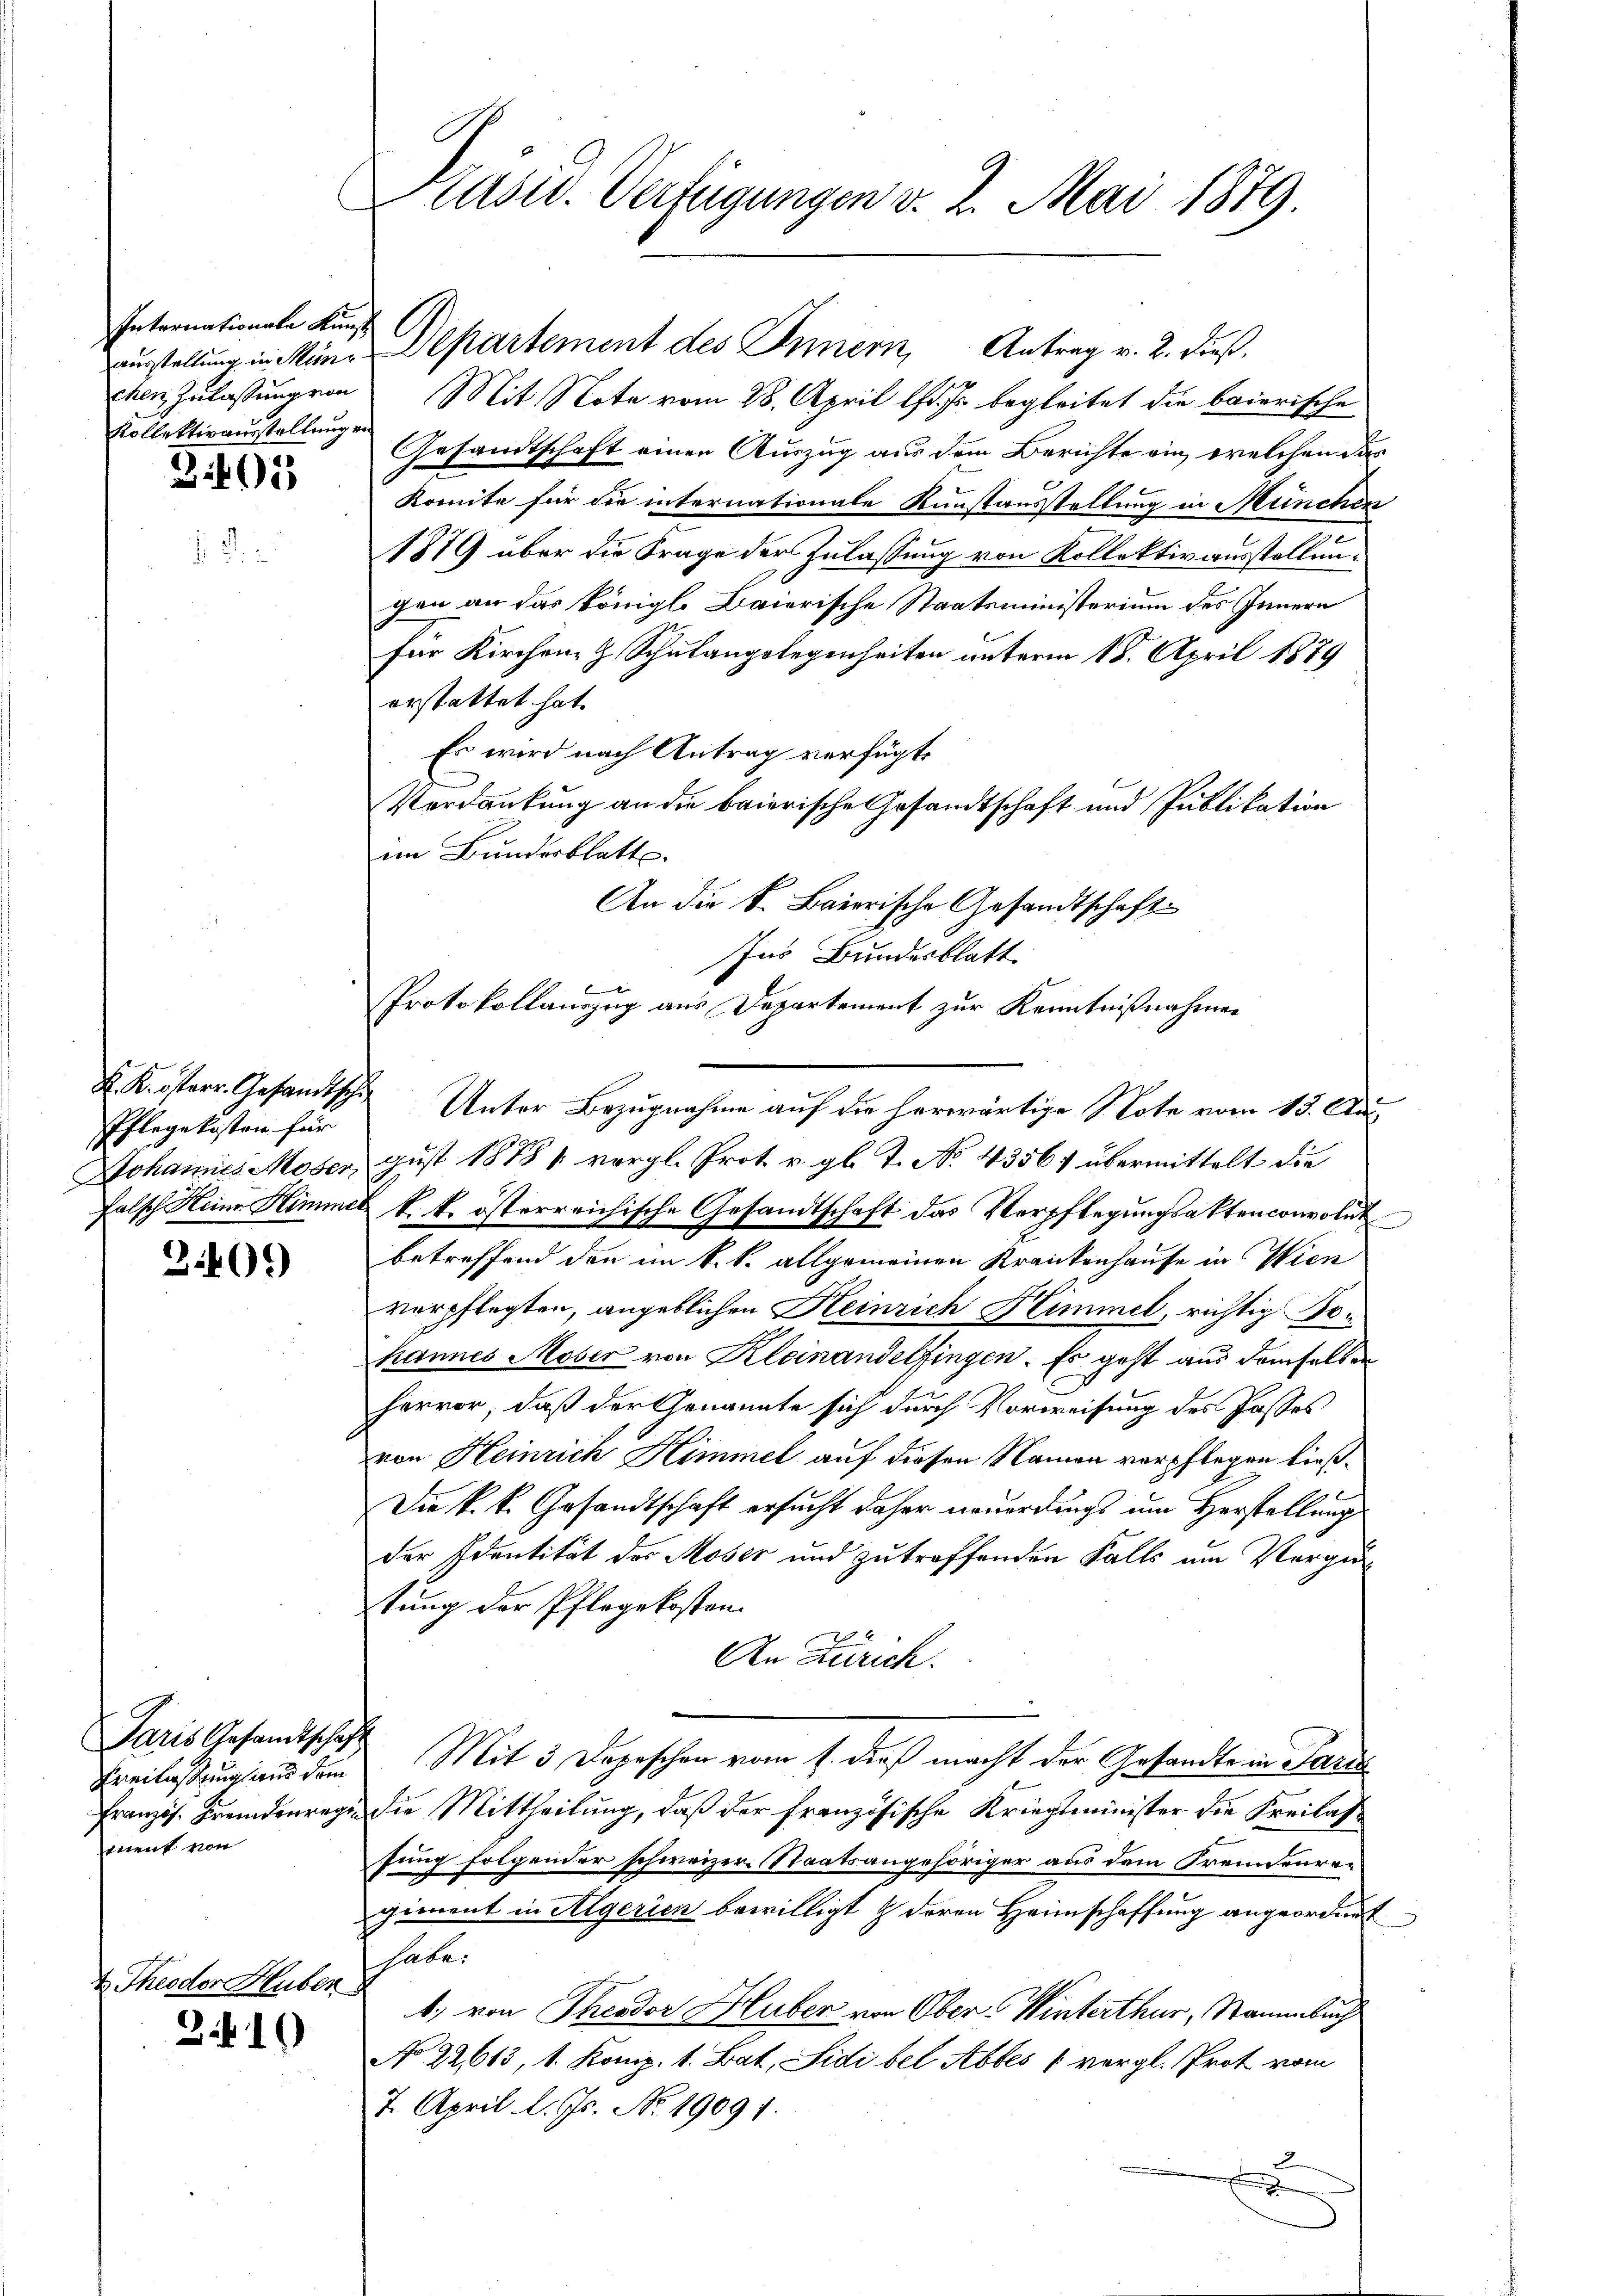
Internationale Kunst
Kollektirausstellung en

3:403

Pflegekosten für

3.401)

Paris Gesandtschaft
ement von

2 Theodor Huber

3.410

Präsid. Verfügungen v. 2. Mai 1879.

chen Zulassung von Mit Note vom 28. April l. Js. begleitet die baierische
Gesandtschaft einen Auszug aus dem Berichte ein, welchen das
Komite für die internationale Kunstausstellung in München
1879 über die Frage der Zulassung von Kollektiv ausstellungen an das Königl. Baierische Staatsministerium des Innern
für Kirchen H. Schulangelegenheiten unterm 18. April 1879
erstattet hat.
Es wird nach Antrag verfügt
Verdankung an die baierische Gesandtschaft und Publikation
im Bundesblatt
An die S. Baierische Gesandtschaft
Ins Bundesblatt
Protokollauszug aus Departement zur Kenntnißnahmen
K. österr. Gesandtsch Unter Bezugnahme auf die herwärtige S. Tote vom 13. Au
Johannes Moser, Gust 1871 vergl. Prot. v. gl. T. No. 4356) übermittelt die
falsch Heine Himmer k. k. österreichische Gesandtschaft das Verpflegŭngsaktenconvolut
betreffend den im k. k. allgemeinen Krankenhause in Wien
verpflegten, angeblichen Keinrich Himmel, richtig Behannes Moser von Kleinandelfingen. Es geht aus demselben
hervor, daß der Genannte sich durch Vorweisung des Passes
von Heinrich Himmel auf diesen Namen verpflegen ließ.
Die k. k. Gesandtschaft ersucht daher neuerdings um Herstellung
der Identität des Moser und zu treffenden Falls um Vergüstung der Pflegekosten.
An Zürich.
Freilassung aus dem Mit 3 Depeschen vom 1. dieß macht der Gesandte in Pari
Französ. Fremdenrege die Mittheilung, daß der französische Kriegsminister die Freilassung folgender schweizer Staatsangehöriger aus dem Trennenregiment in Algerien bewilligt & deren Heimschaffung angeordnet
habe.
b) von Theodor Huber von Ober-Winterthur, Stammbuch
No 22613, 1. Komp. 1. Bat. Sidi bel Abbes 1 vergl. Prot vom
7. April l. Js. No. 1909 f.
2
d

n

Ausstellung in Min. Departement des Innern, Antrag v. 2. Dieß.